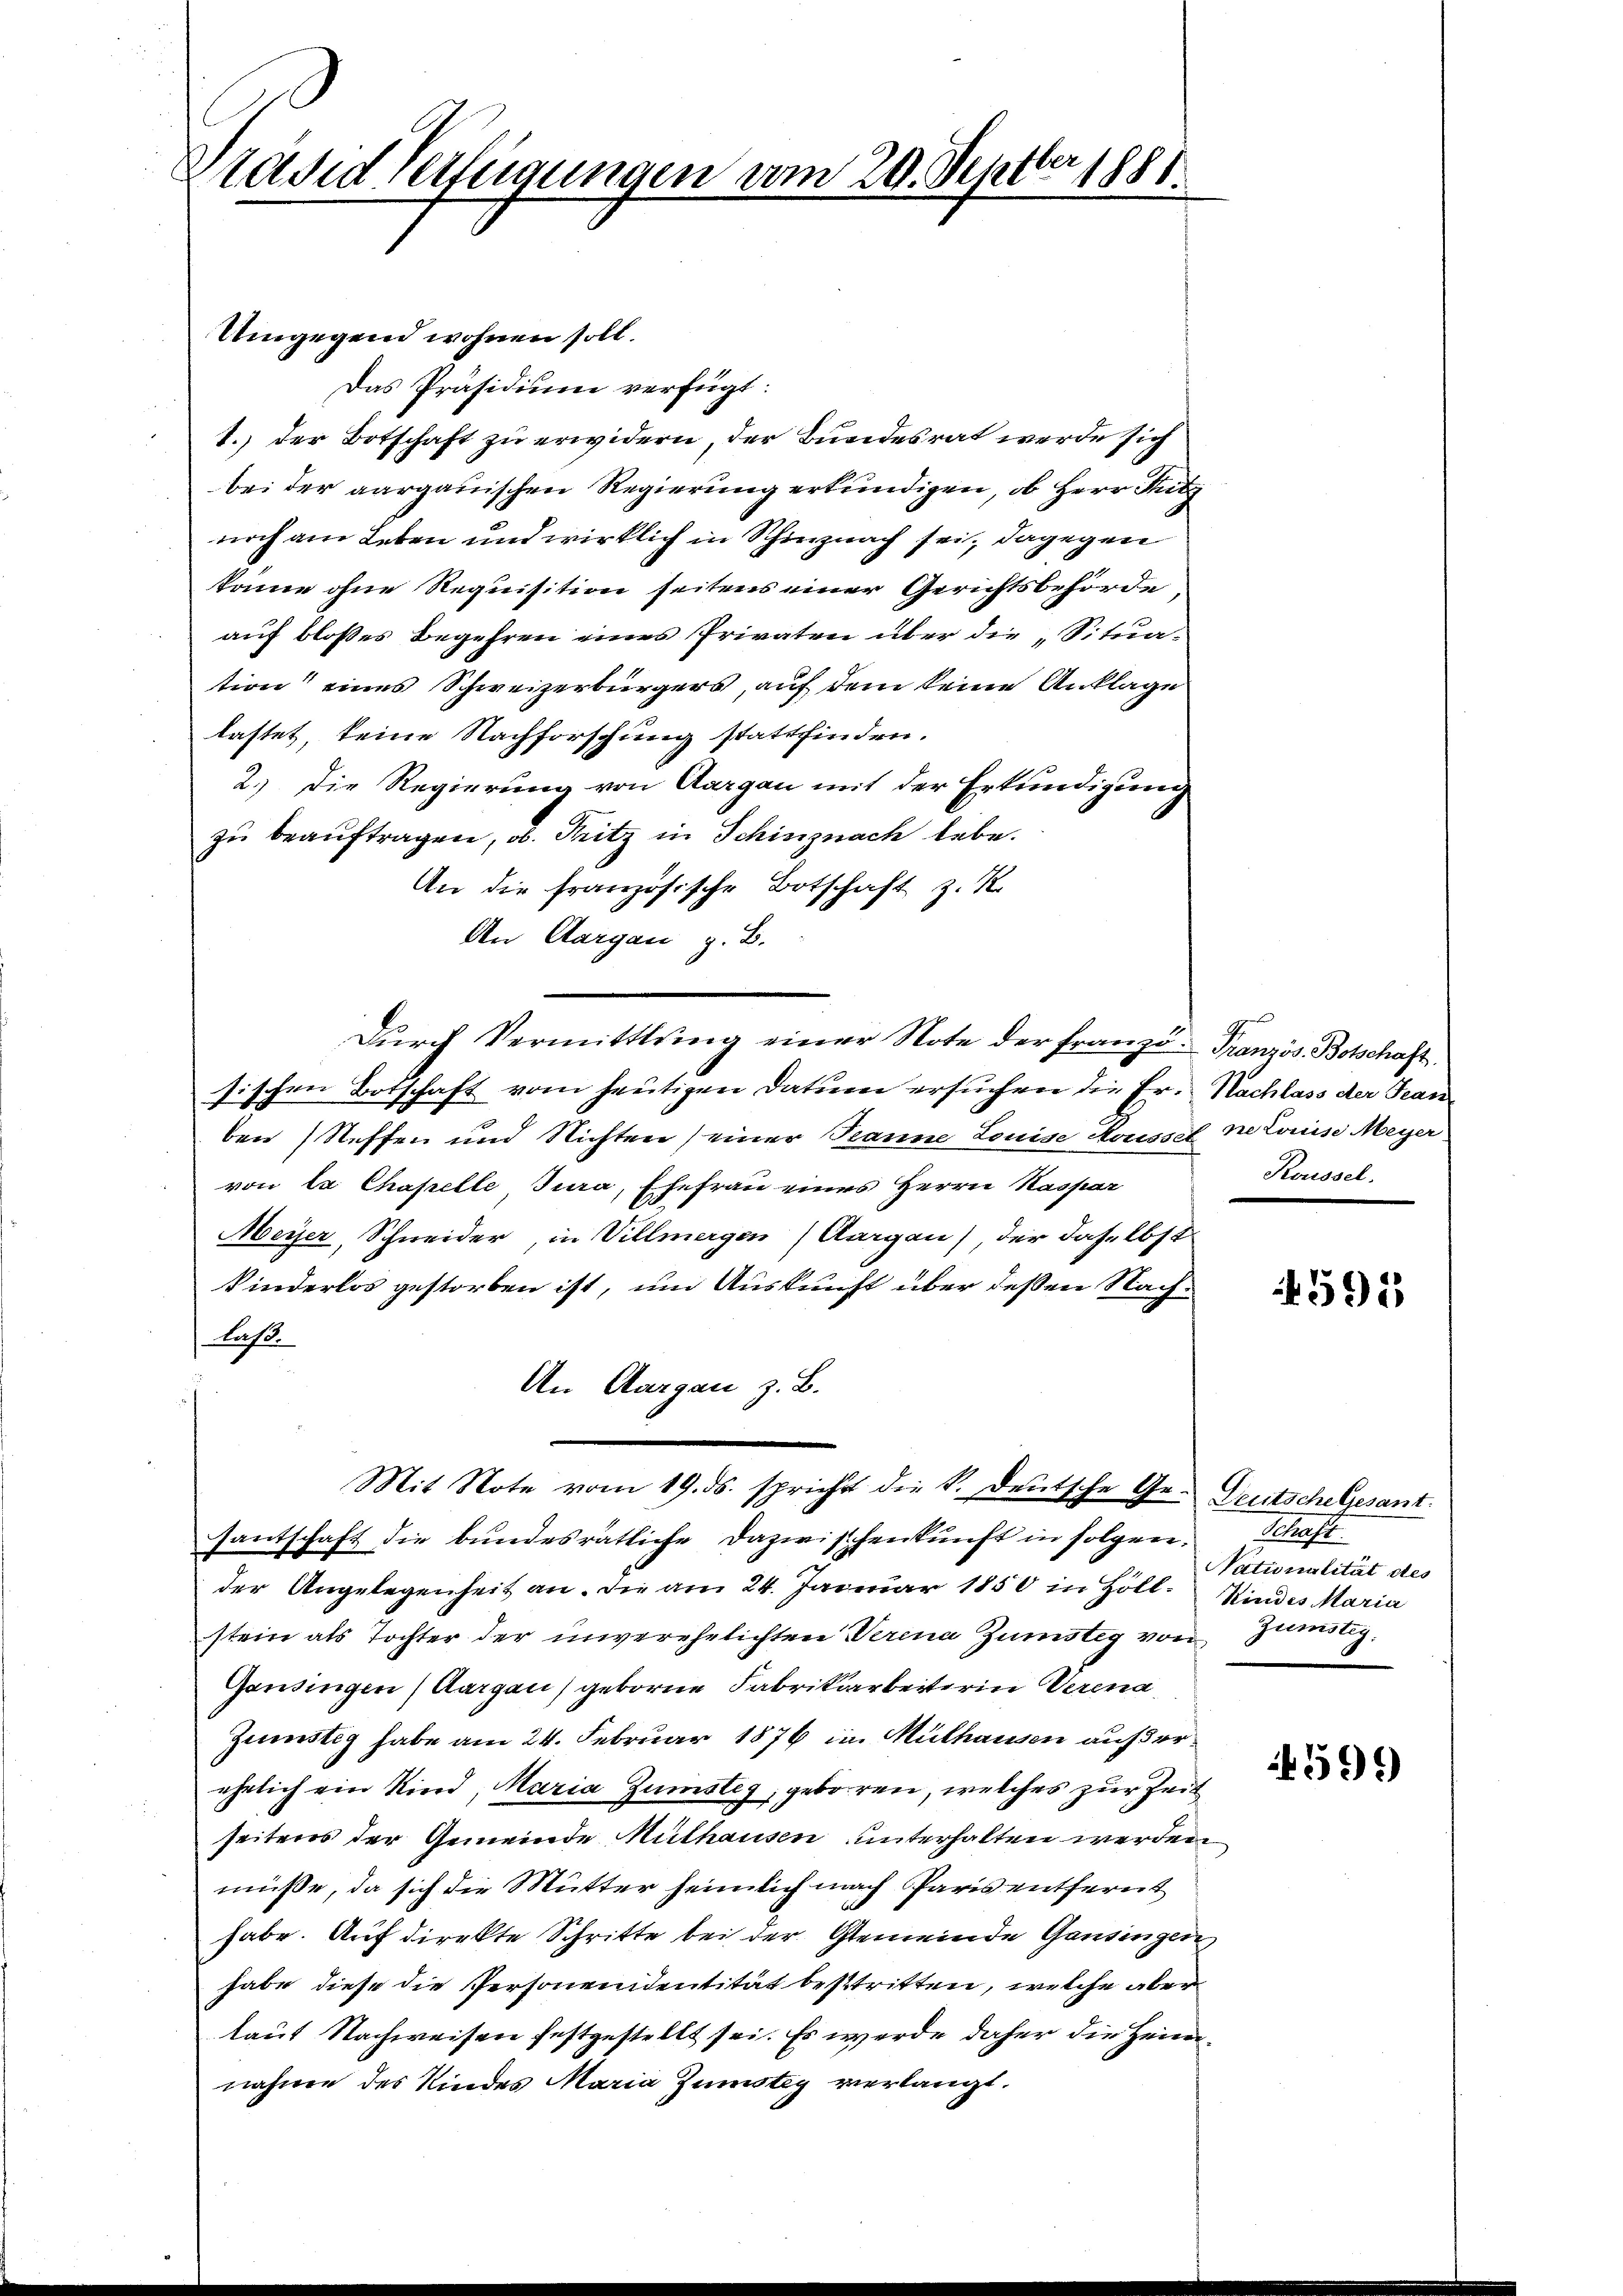
Ver
äsed Verfügungen vom 20. Septer 1881.

Umgegend wohnen soll.
Das Präsidium verfügt:
1.) Der Botschaft zu erwidern, der Bundesrat werde sich
bei der aargauischen Regierung erkundigen, ob Herr Pritz
noch am Leben und wirklich in Schinznach sei, dagegen
könne ohne Requisition seitens einer Gerichtsbehörde
auf bloßes Begehren eines Privaten über die „Situation eines Schweizerbürgers, auf dem keine Anklage
lastet, keine Nachforschung stattfinden.
2.) Die Regierung von Aargau mit der Erkundigung
zu beauftragen, ob. Pritz in Schinznach lebe.
An die französische Botschaft z. K.
An Aargau, z. B.
sischen Botschaft vom heutigen Datum ersuchen die Er-Nachlass der Franben Steffen und Nichten (einer Tanne Louise Houssel ne Louise Meyer
von la Chapelle Jura, Ehefrau eines Herrn Kaspar
Meyer, Schneider, in Villmergen) Aargau), der daselbst
kinderlos gestorben ist, um Auskunft über deßen Nachlaß.
An Aargau z. B.
Mit Note vom 19. ds. spricht die k. Deutsche Ge- Deutschelgesant.
santschaft die bundesrätliche Dazwischenkunft in folgen.
der Angelegenheit an. Die am 24. Januar 1850 in Holl. Kindes Maria
stein als Tochter der unverehelichten Verina Zünstig von Zünstig,
Gansingen, Aargau) geborne Fabrikarbeiterin Verena
Zeüstig habe am 24. Februar 1876 in Mülhausen auf derehelich ein Kind, Maria Zumsteg, geboren, welches zur Zeit
seitens der Gemeinde Mithausen unterhalten werden
müße, da sich die Mutter heimlich nach Paris entfernt
habe. Auf direkte Schritte bei der Gemeinde Gantingen
habe diese die Personendentität bestritten, welche aber
laut Nachweisen festgestellt sei. Es werde daher die Heimnahme des Kindes Maria Zumstey verlangt.

Dŭrch Vermittlung einer Note der Franze Französ. Botschaft.

Koussel.

Schaft
Nationalität des

592

599)